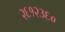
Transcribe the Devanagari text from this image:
२६१२३६०